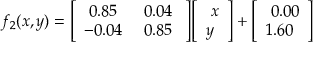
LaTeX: f _ { 2 } ( x , y ) = { \left[ \begin{array} { l l } { \ 0 . 8 5 } & { \ 0 . 0 4 \ } \\ { - 0 . 0 4 } & { \ 0 . 8 5 } \end{array} \right] } { \left[ \begin{array} { l } { \ x } \\ { y } \end{array} \right] } + { \left[ \begin{array} { l } { \ 0 . 0 0 } \\ { 1 . 6 0 } \end{array} \right] }